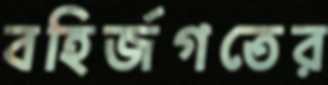
বহির্জগতের